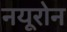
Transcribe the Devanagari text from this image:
नयूरोन